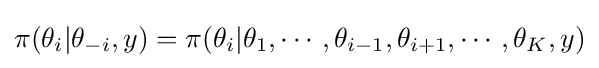
\pi (\theta _{i}|\theta _{-i},y)=\pi (\theta _{i}|\theta _{1},\cdots ,\theta _{i-1},\theta _{i+1},\cdots ,\theta _{K},y)